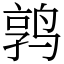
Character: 鹑